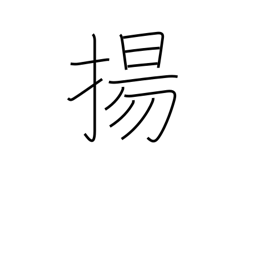
Meaning: fry in deep fat